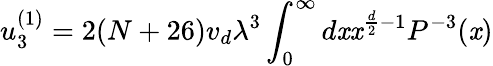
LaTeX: u_{3}^{(1)}=2(N+26)v_{d}\lambda^{3}\int_{0}^{\infty}{d\mathit{x}}\mathit{x}^{\frac{{d}}{{2}}-1}P^{-3}(\mathit{x})